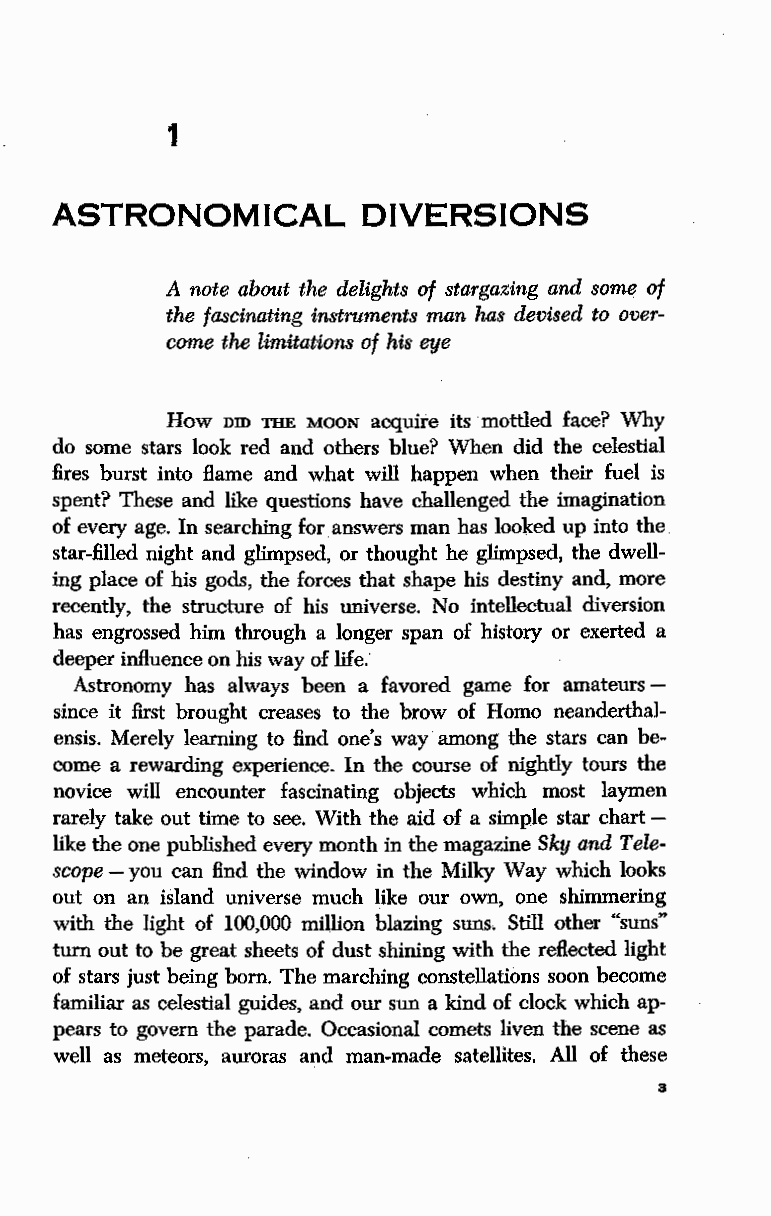
1
 ASTRONOMICAL         DIVERSIONS
 A note about the delights of stargazing and so~ of
 the fascinating instruments man has devised to over
 come the limitations of his eye
 How nm THE MOON acquire its ·mottled face? Why
 do some stars look red and others blue? When did the celestial
 fires burst into flame and what will happen when their fuel is
 spent? These and like questions have challenged the imagination
 of every age. In searching for. answers man has looked up into the.
 star-filled night and glimpsed, or thought he glimpsed, the dwell
 ing place of his gods, the forces that shape his destiny and, more
 recently, the structure of his universe. No intellectual diversion
 has engrossed him through a longer span of history or exerted a
 deeper influence on his way of life.'
 Astronomy has always been a favored game for amateurs -
 since it first brought creases to the brow of Homo neanderthal
 ensis. Merely learning to find one's way among the stars can be
 come a rewarding experience. In the course of nightly tours the
 novice will encounter. fascinating objects which most laymen
 rarely take out time to see. With the aid of a simple star chart -
 like the one published every month in the magazine Sky and Tele
 scope-you can find the window in the Milky Way which looks
 out on an iSland universe much like our own, one shimmering
 with the light of 100,000 million blazing suns. Still other ..s uns"
 tum out to be great sheets of dust shining with the reflected light
 of stars just being born. The marching constellations soon become
 familiar as celestial guides, and our sun a kind of clock which ap
 pears to govern the parade. Occasional comets liven the scene as
 well as meteors, auroras and man-made satellites. All of these
 3